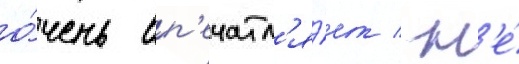
о́чень вп'ечатл'я́ет / н'е́